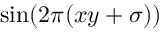
\sin ( 2 \pi ( x y + \sigma ) )